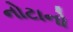
નોટાનો